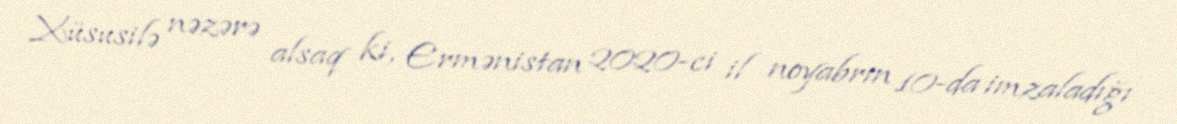
Xüsusilə nəzərə alsaq ki, Ermənistan 2020-ci il noyabrın 10-da imzaladığı